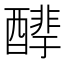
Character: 𰼒